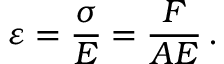
\varepsilon = { \frac { \sigma } { E } } = { \frac { F } { A E } } \, .